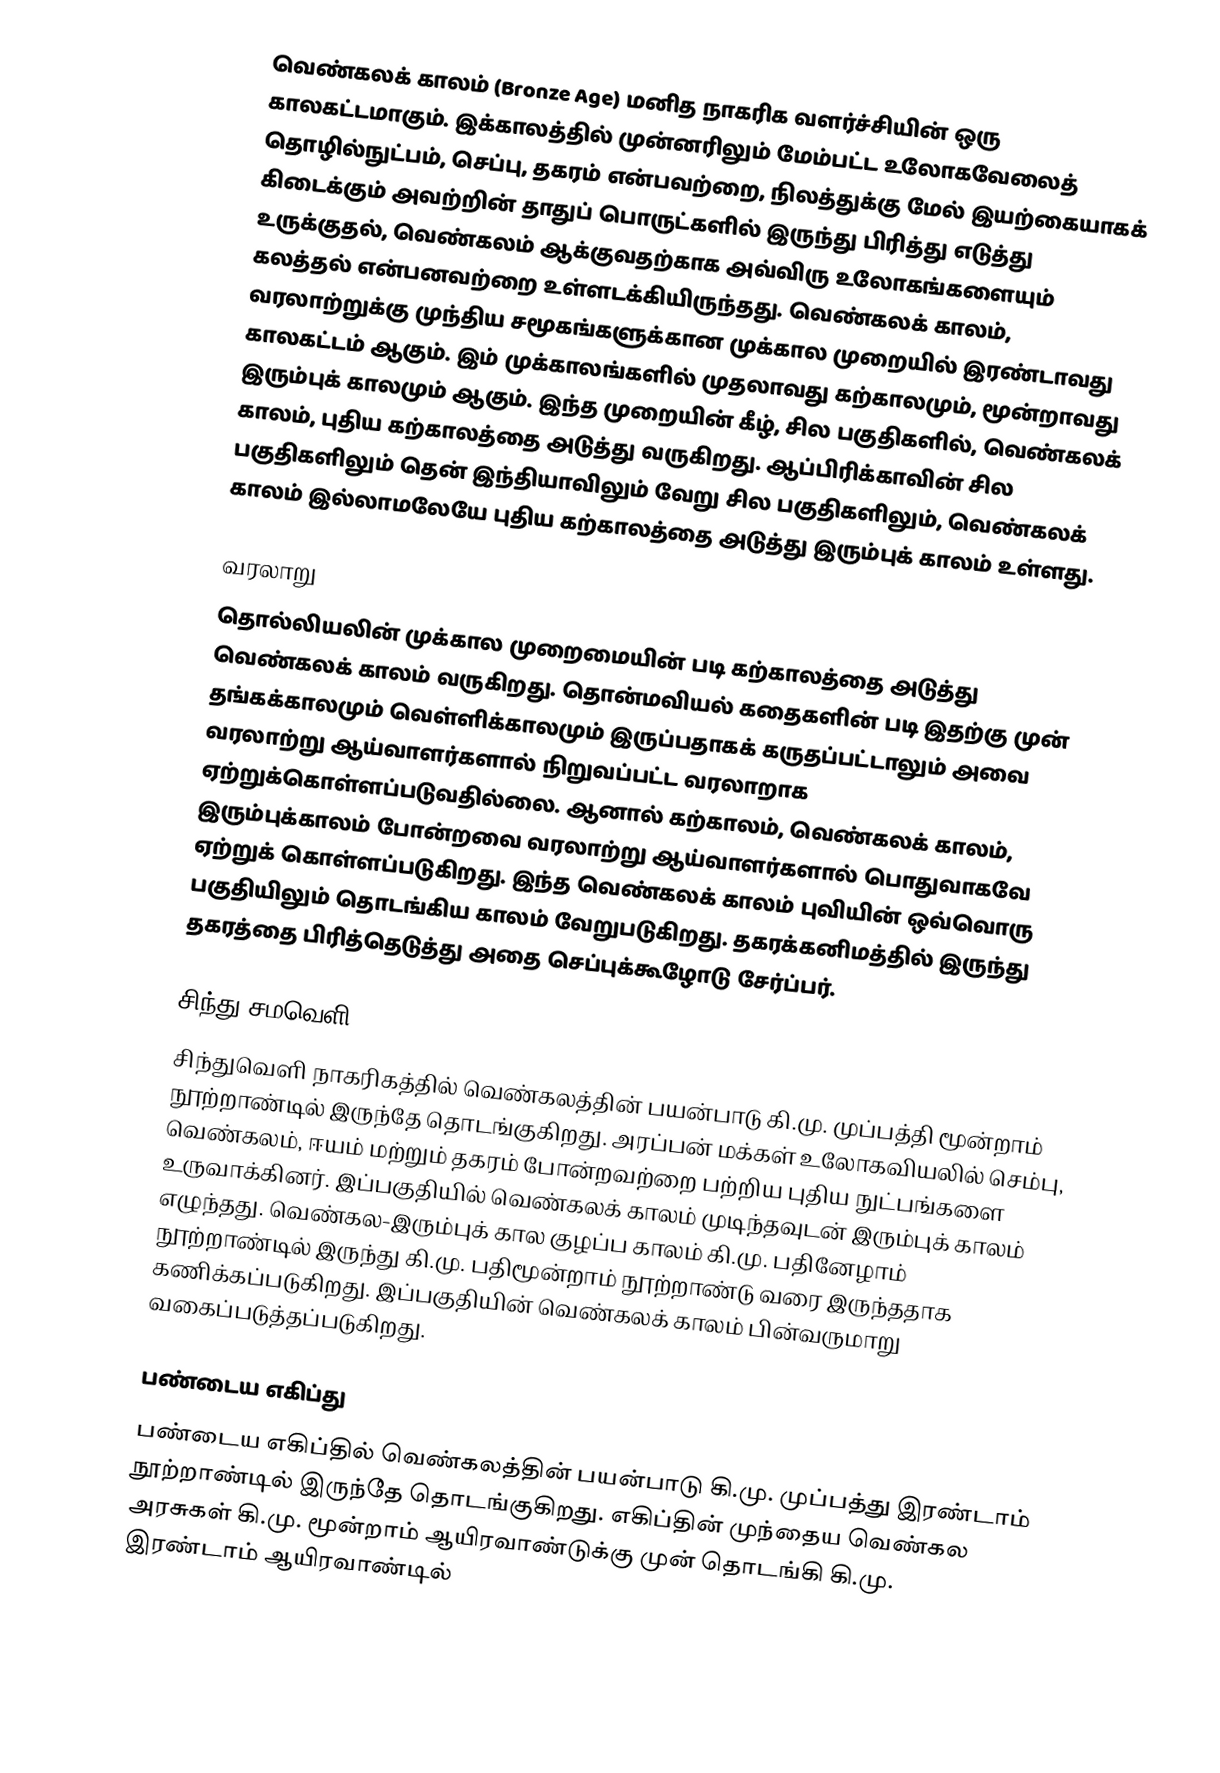
வெண்கலக் காலம் (Bronze Age) மனித நாகரிக வளர்ச்சியின் ஒரு காலகட்டமாகும். இக்காலத்தில் முன்னரிலும் மேம்பட்ட உலோகவேலைத் தொழில்நுட்பம், செப்பு, தகரம் என்பவற்றை, நிலத்துக்கு மேல் இயற்கையாகக் கிடைக்கும் அவற்றின் தாதுப் பொருட்களில் இருந்து பிரித்து எடுத்து உருக்குதல், வெண்கலம் ஆக்குவதற்காக அவ்விரு உலோகங்களையும் கலத்தல் என்பனவற்றை உள்ளடக்கியிருந்தது. வெண்கலக் காலம், வரலாற்றுக்கு முந்திய சமூகங்களுக்கான முக்கால முறையில் இரண்டாவது காலகட்டம் ஆகும். இம் முக்காலங்களில் முதலாவது கற்காலமும், மூன்றாவது இரும்புக் காலமும் ஆகும். இந்த முறையின் கீழ், சில பகுதிகளில், வெண்கலக் காலம், புதிய கற்காலத்தை அடுத்து வருகிறது. ஆப்பிரிக்காவின் சில பகுதிகளிலும் தென் இந்தியாவிலும் வேறு சில பகுதிகளிலும், வெண்கலக் காலம் இல்லாமலேயே புதிய கற்காலத்தை அடுத்து இரும்புக் காலம் உள்ளது.

வரலாறு
தொல்லியலின் முக்கால முறைமையின் படி கற்காலத்தை அடுத்து வெண்கலக் காலம் வருகிறது. தொன்மவியல் கதைகளின் படி இதற்கு முன் தங்கக்காலமும் வெள்ளிக்காலமும் இருப்பதாகக் கருதப்பட்டாலும் அவை வரலாற்று ஆய்வாளர்களால் நிறுவப்பட்ட வரலாறாக ஏற்றுக்கொள்ளப்படுவதில்லை. ஆனால் கற்காலம், வெண்கலக் காலம், இரும்புக்காலம் போன்றவை வரலாற்று ஆய்வாளர்களால் பொதுவாகவே ஏற்றுக் கொள்ளப்படுகிறது. இந்த வெண்கலக் காலம் புவியின் ஒவ்வொரு பகுதியிலும் தொடங்கிய காலம் வேறுபடுகிறது. தகரக்கனிமத்தில் இருந்து தகரத்தை பிரித்தெடுத்து அதை செப்புக்கூழோடு சேர்ப்பர்.

சிந்து சமவெளி
சிந்துவெளி நாகரிகத்தில் வெண்கலத்தின் பயன்பாடு கி.மு. முப்பத்தி மூன்றாம் நூற்றாண்டில் இருந்தே தொடங்குகிறது. அரப்பன் மக்கள் உலோகவியலில் செம்பு, வெண்கலம், ஈயம் மற்றும் தகரம் போன்றவற்றை பற்றிய புதிய நுட்பங்களை உருவாக்கினர். இப்பகுதியில் வெண்கலக் காலம் முடிந்தவுடன் இரும்புக் காலம் எழுந்தது. வெண்கல-இரும்புக் கால குழப்ப காலம் கி.மு. பதினேழாம் நூற்றாண்டில் இருந்து  கி.மு. பதிமூன்றாம் நூற்றாண்டு வரை இருந்ததாக கணிக்கப்படுகிறது. இப்பகுதியின் வெண்கலக் காலம் பின்வருமாறு வகைப்படுத்தப்படுகிறது.

பண்டைய எகிப்து
பண்டைய எகிப்தில் வெண்கலத்தின் பயன்பாடு கி.மு. முப்பத்து இரண்டாம் நூற்றாண்டில் இருந்தே தொடங்குகிறது. எகிப்தின் முந்தைய வெண்கல அரசுகள் கி.மு. மூன்றாம் ஆயிரவாண்டுக்கு முன் தொடங்கி கி.மு. இரண்டாம் ஆயிரவாண்டில்